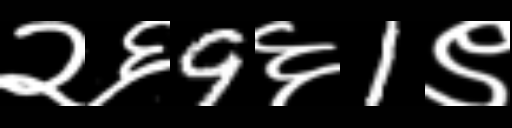
Text: २६9६1९